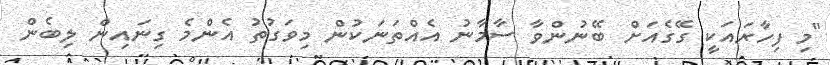
"މި ފިހާރައަކީ ގޭގެއަށް ބޭނުންވާ ސާމާނު އެއްތަނަކުން މިވަގުތު އެންމެ ގިނައިން ލިބެން